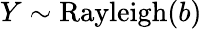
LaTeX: Y\sim{\textrm{Rayleigh}}(b)